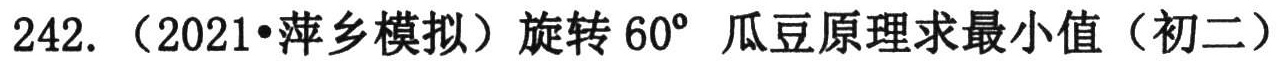
242.（2021•萍乡模拟）旋转 \(60^{\circ}\) 瓜豆原理求最小值（初二）